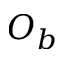
O _ { b }